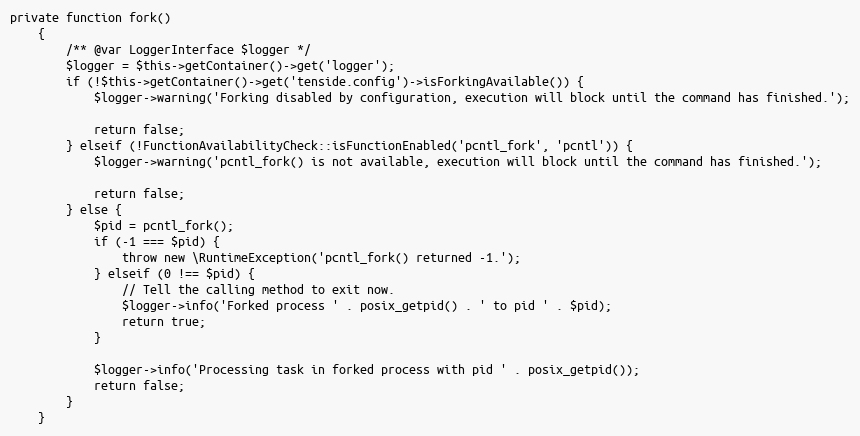
Language: PHP
private function fork()
    {
        /** @var LoggerInterface $logger */
        $logger = $this->getContainer()->get('logger');
        if (!$this->getContainer()->get('tenside.config')->isForkingAvailable()) {
            $logger->warning('Forking disabled by configuration, execution will block until the command has finished.');

            return false;
        } elseif (!FunctionAvailabilityCheck::isFunctionEnabled('pcntl_fork', 'pcntl')) {
            $logger->warning('pcntl_fork() is not available, execution will block until the command has finished.');

            return false;
        } else {
            $pid = pcntl_fork();
            if (-1 === $pid) {
                throw new \RuntimeException('pcntl_fork() returned -1.');
            } elseif (0 !== $pid) {
                // Tell the calling method to exit now.
                $logger->info('Forked process ' . posix_getpid() . ' to pid ' . $pid);
                return true;
            }

            $logger->info('Processing task in forked process with pid ' . posix_getpid());
            return false;
        }
    }